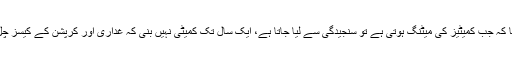
انہوں نے کہا کہ جب کمیٹیز کی میٹنگ ہوتی ہے تو سنجیدگی سے لیا جاتا ہے، ایک سال تک کمیٹی نہیں بنی کہ غداری اور کرپشن کے کیسز چل رہے تھے۔